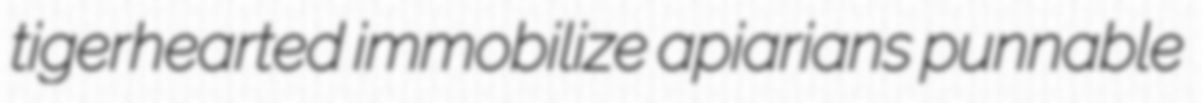
tigerhearted immobilize apiarians punnable